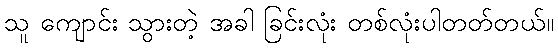
သူ ကျောင်း သွားတဲ့ အခါ ခြင်းလုံး တစ်လုံးပါတတ်တယ်။